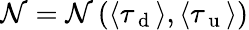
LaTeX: \mathcal{N}=\mathcal{N}\left(\langle\tau_{\mathrm{~d~}}\rangle,\langle\tau_{\mathrm{~u~}}\rangle\right)